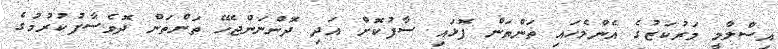
އިސްލާމީ މަރުކަޒުގެ އެންމެހައި ތަންތަން ފޮޅައި ސާފުކޮށް އަދި ދޮންނަންޖެހޭ ތަންތަން ދޮވެސާފުކުރުމުގެ